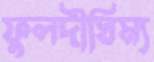
ফুলদীঘিম্য